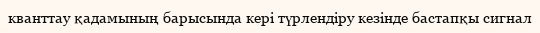
кванттау қадамының барысында кері түрлендіру кезінде бастапқы сигнал